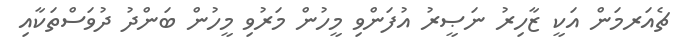
ޗެއަރމަން އަކީ ޒާހިރު ނަޞީރު އުފަންވި މީހުން މަރުވި މީހުން ބަންދު ދުވަސްތަކާއި